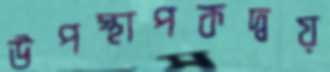
উপস্থাপকদ্বয়